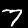
Digit: 7